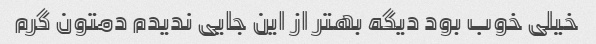
خیلی خوب بود دیگه بهتر از این جایی ندیدم دمتون گرم